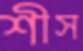
শীস